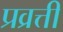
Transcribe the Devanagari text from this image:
प्रव्रत्ती